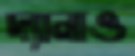
দ্যানাও